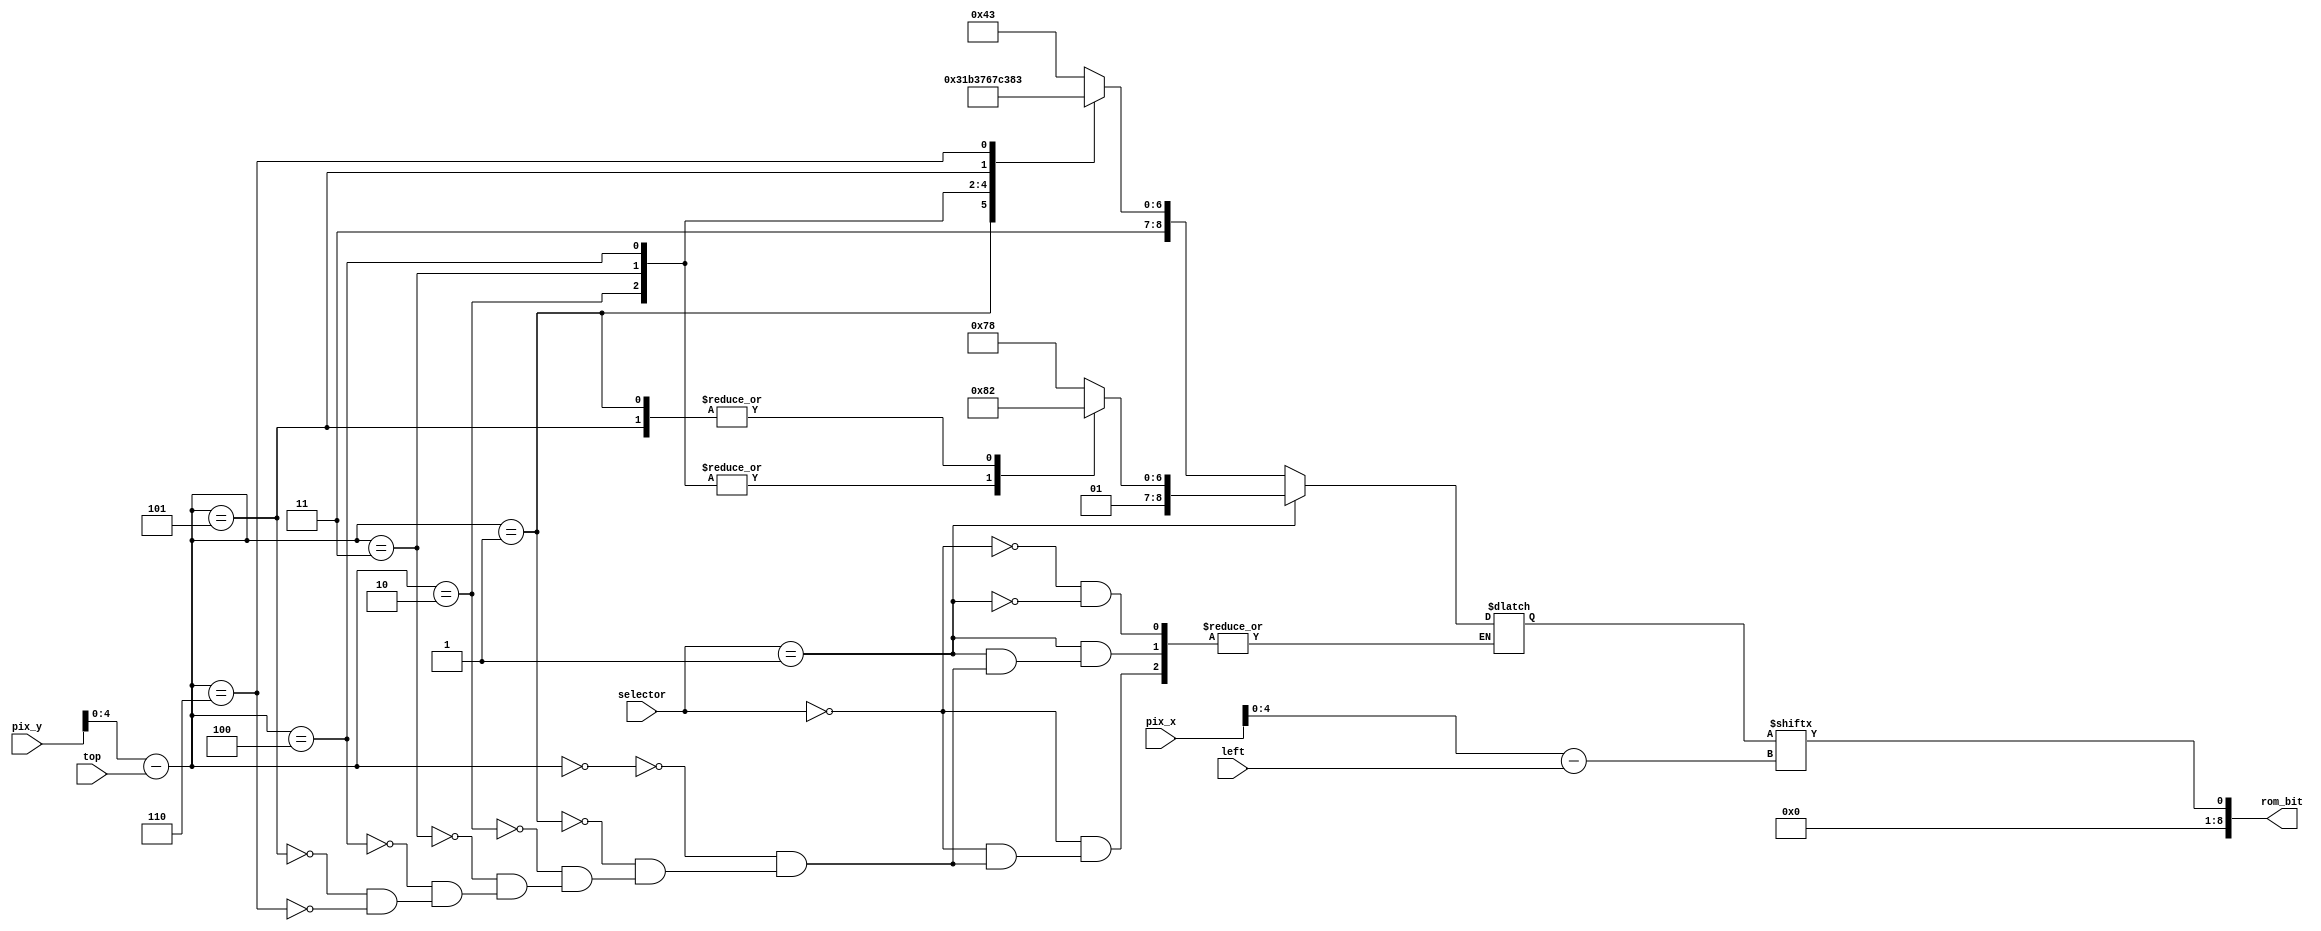
`timescale 1ns / 1ps
//////////////////////////////////////////////////////////////////////////////////
// Company: 
// Engineer: 
// 
// Design Name: 
// Module Name: letter_rom
// Project Name: 
// Target Devices: 
// Tool Versions: 
// Description: 
// 
// Dependencies: 
// 
// Revision:
// Revision 0.01 - File Created
// Additional Comments:
// 
//////////////////////////////////////////////////////////////////////////////////


module letter_rom(
    input wire [9:0] pix_x, pix_y,
    input wire [4:0] left, top,
    input wire [1:0] selector,
    output wire [8:0] rom_bit
    );
    wire [4:0] address, column;
    reg [8:0] data;
    
    always @*
        case(selector)
            0:
                // W I N
                case(address)
                    4'h0: data = 45'b011000011000001111110000111000011;            
                    4'h1: data = 45'b011000011000000011000000111100011;              
                    4'h2: data = 45'b011000011000000011000000110110011;              
                    4'h3: data = 45'b011011011000000011000000110111011;                
                    4'h4: data = 45'b011011011000000011000000110011111;                
                    4'h5: data = 45'b011011011000000011000000110000111;                
                    4'h6: data = 45'b011111111000001111110000110000011;
                 endcase
            1:
                // D I E D
                case(address)
                    4'h0: data = 45'b011111000000001111110000111111100000011111000;
                    4'h1: data = 45'b010000010000000011000000100000000000010000010;
                    4'h2: data = 45'b010000001000000011000000100000000000010000001;
                    4'h3: data = 45'b010000001000000011000000111111100000010000001;
                    4'h4: data = 45'b010000001000000011000000100000000000010000001;
                    4'h5: data = 45'b010000010000000011000000100000000000010000010;
                    4'h6: data = 45'b011111000000001111110000111111100000011111000;
                endcase
        endcase
        
        assign address = pix_y[4:0] - top[4:0];
        assign column = pix_x[4:0] - left[4:0];
        assign rom_bit = data[column];
endmodule